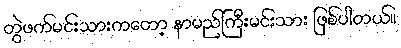
တွဲဖက်မင်းသားကတော့ နာမည်ကြီးမင်းသား ဖြစ်ပါတယ်။